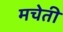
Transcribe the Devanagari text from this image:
मचेती